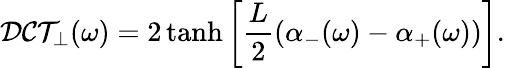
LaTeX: \mathcal{DCT}_{\perp}(\omega)=2\operatorname{tanh}\left[\frac{L}{2}\left(\alpha_{-}(\omega)-\alpha_{+}(\omega)\right)\right].